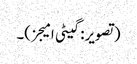
(تصویر: گیٹی امیجز)۔